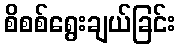
စိစစ်ရွေးချယ်ခြင်း